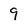
Character: 9